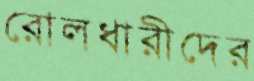
রোলধারীদের